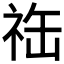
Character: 𬒴